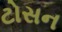
ટોસન